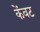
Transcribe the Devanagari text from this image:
केंवट